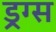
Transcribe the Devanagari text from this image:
ड्रग्‍स